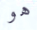
هو